Investigations into the jail dietaries of the United Provinces with some observations on the influence of dietary on the physical development and well-being of the people of the United Provinces - Number 48
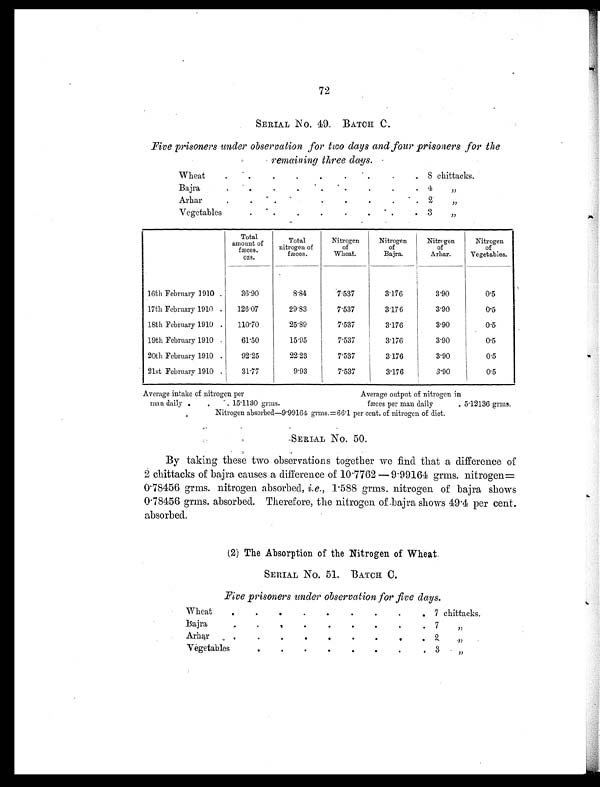
72
SERIAL No. 49. BATCH C.
Five prisoners under observation for two clays and four prisoners for the
remaining three days.
Wheat
.
.
.
.
.
.
.
.
.
8 chittacks.
Bajra
.
.
.
.
.
.
.
.
. 4
„
Arhar
.
.
.
.
.
.
.
.
.
2
„
Vegetables
.
.
.
.
. .
.
. 3
„
Total
amount of
fæces.
ozs.
Total
nitrogen of
fæces.
Nitrogen
of
Wheat.
Nitrogen
of
Bajra.
Nitrogen
of
Arhar.
Nitrogen
of
Vegetables.
16th February 1910 .
36.90
8.84
7.537
3.176
3.90
0.5
17th February 1910 .
126.07
29.83
7.537
3.176
3.90
0.5
18th February 1910 .
110.70
25.89
7.537
3.176
3.90
0.5
19th February 1910 .
61.50
15.95
7.537
3.176
3.90
0.5
20th February 1910 .
92.25
22. 23
7.537
3.176
3.90
0.5
21st February 1910 .
31.77
9.93
7.537
3.176
3.90
0.5
Average intake of nitrogen per
Average output of nitrogen in
man daily .
.
. 15.1130 grms.
fæces per man daily
, 5.12136 grms.
Nitrogen absorbed—9.99164 grms.=66.1 per cent. of nitrogen of diet.
SERIAL No. 50.
By taking these two observations together we find that a difference of
2 chittacks of bajra causes a difference of 10.7762 —9.99164 grms. nitrogen=
0.78456 grms. nitrogen absorbed, i.e., 1.588 grms. nitrogen of bajra shows
0.78456 grms. absorbed. Therefore, the nitrogen of bajra shows 49.4 per cent.
absorbed.
(2) The Absorption of the Nitrogen of Wheat.
SERIAL No. 51. BATCH C.
Five prisoners under observation for five days.
Wheat
.
.
.
.
.
.
.
.
.
7 chittacks.
Bajra
.
.
.
.
.
.
.
.
. 7
,,
Arhar
.
.
.
.
.
.
.
.
. 2
„
Vegetables
.
.
.
.
.
.
.
. 3
„